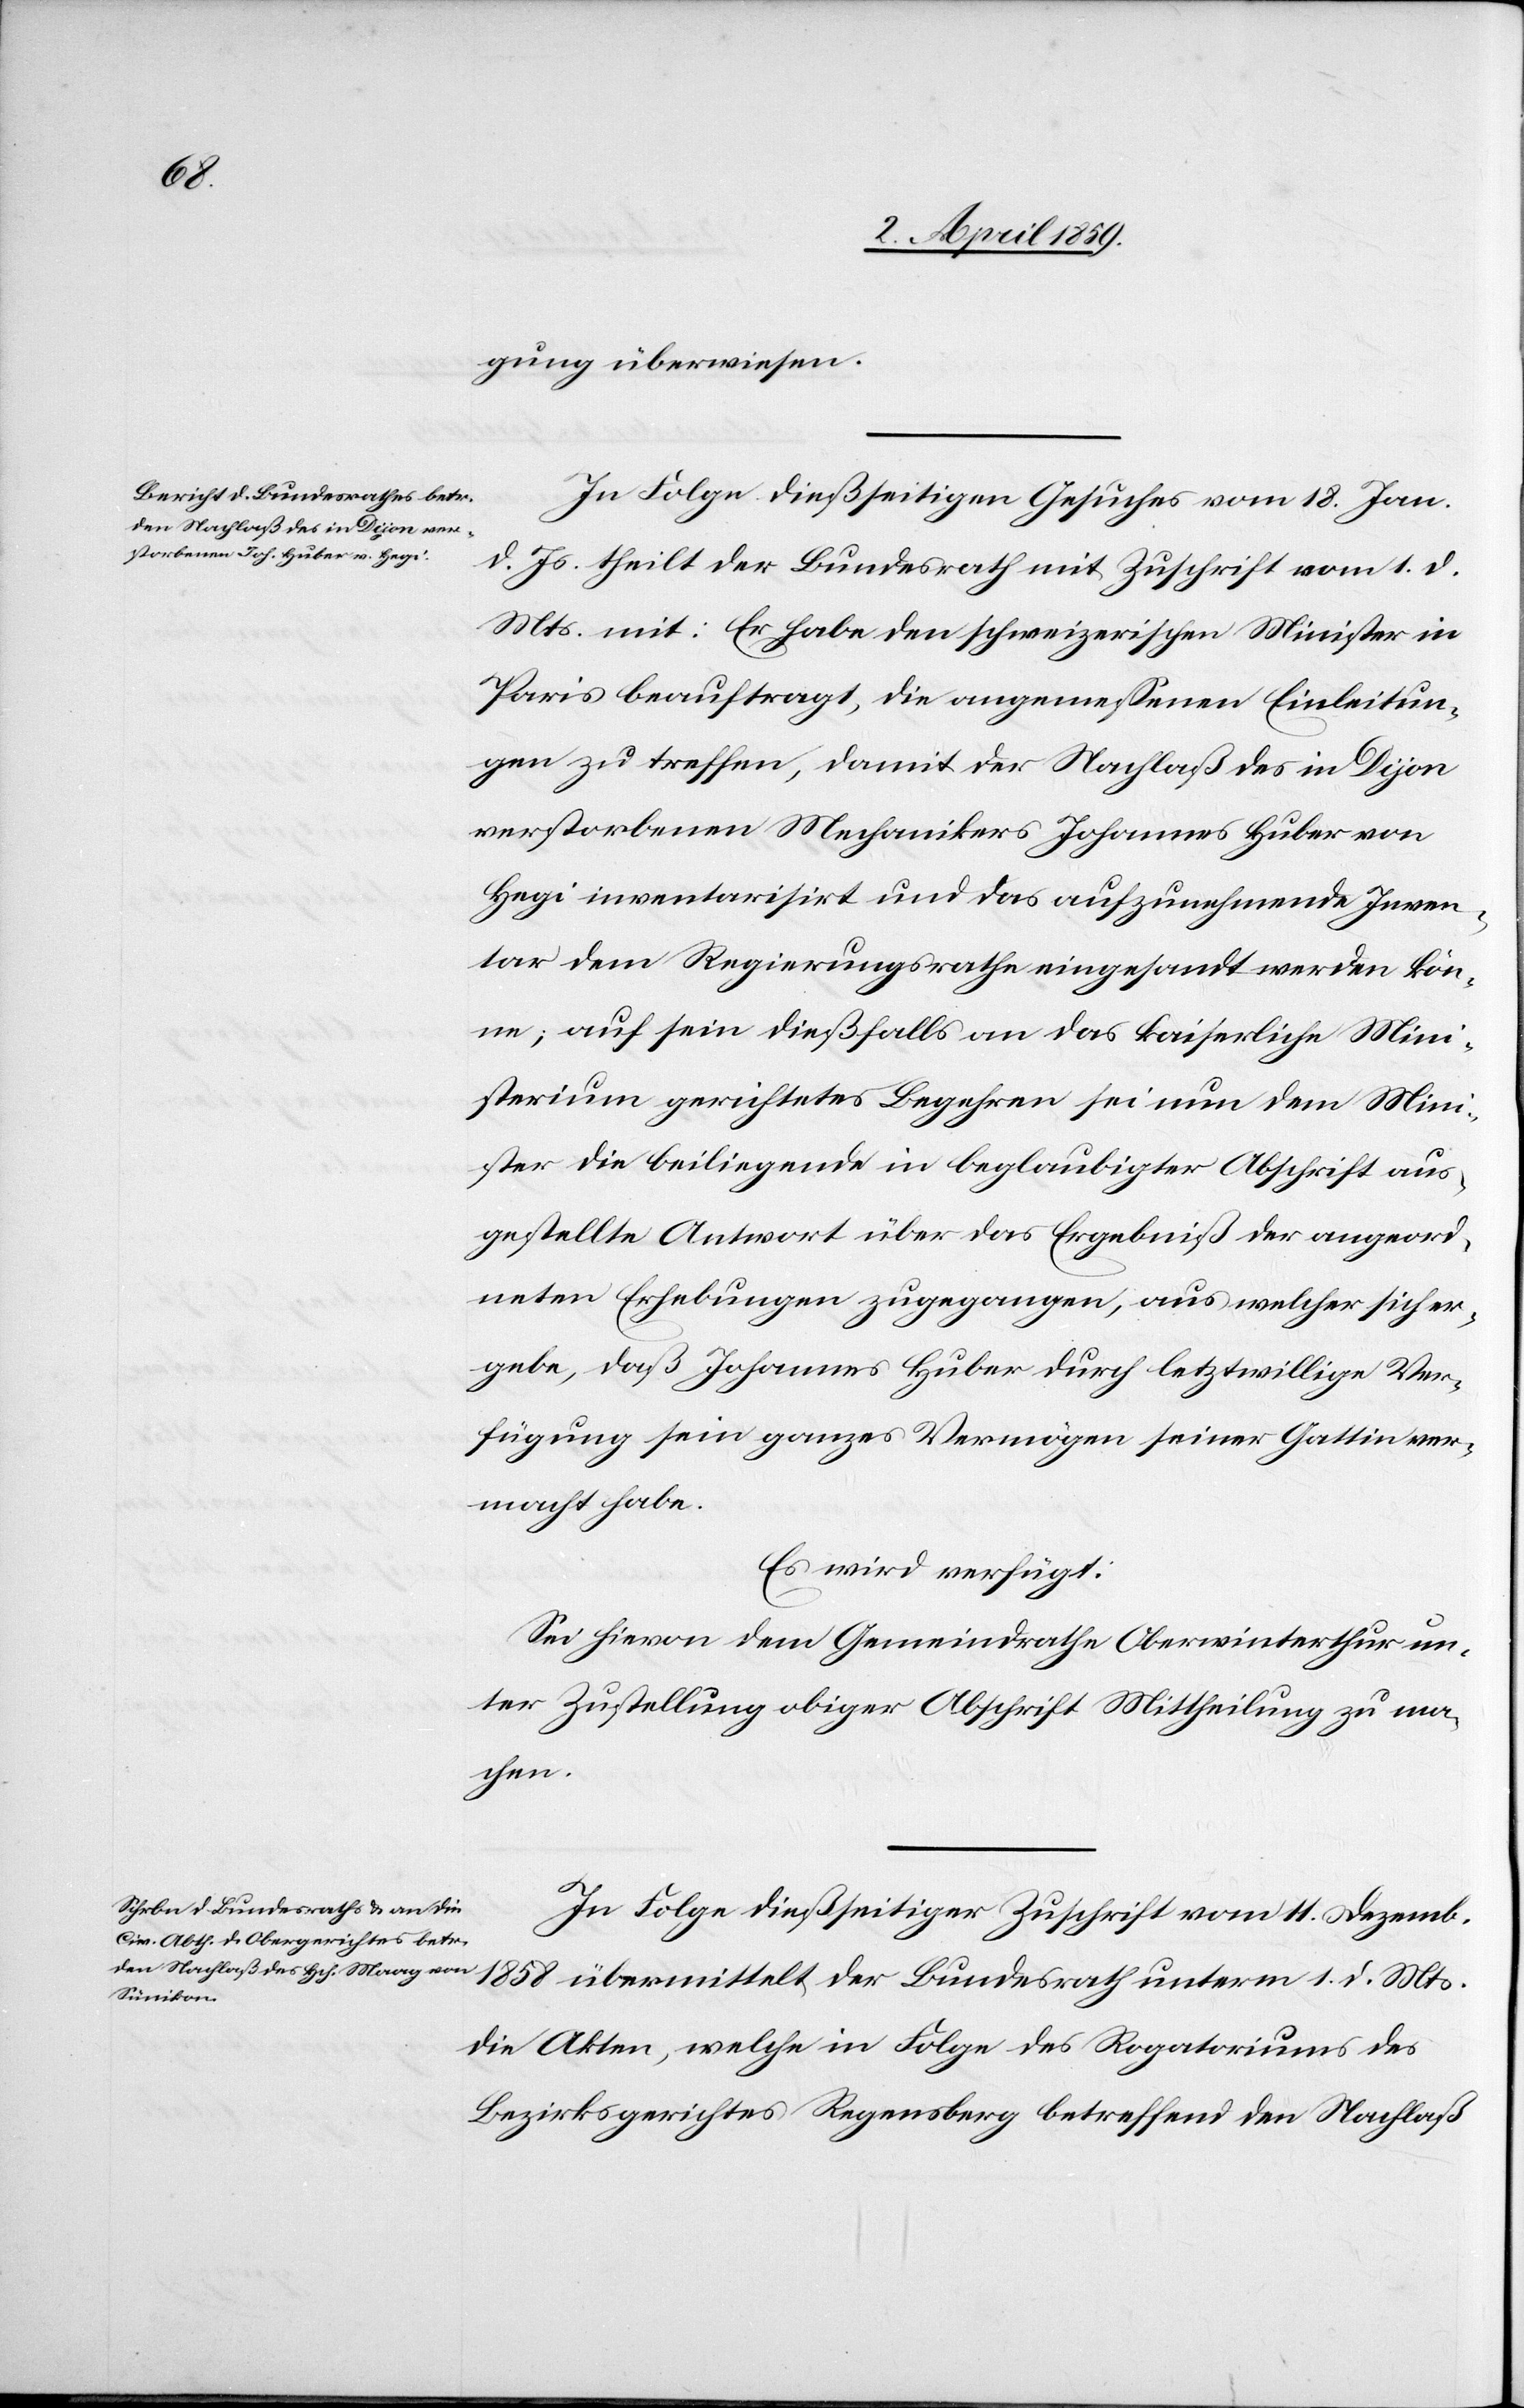
4. April 1859.]
gung überwiesen.
In Folge dießseitigen Gesuches vom 18. Jan.
d. Js. theilt der Bundesrath mit Zuschrift vom 1. d.
Mts. mit: Er habe den schweizerischen Minister in
Paris beauftragt, die angemeßenen Einleitun¬
gen zu treffen, damit der Nachlaß des in Dijon
verstorbenen Mechanikers Johannes Huber von
Hegi inventarisirt und das aufzunehmende Inven¬
tar dem Regierungsrathe eingesandt werden kön¬
ne; auf sein dießfalls an das kaiserliche Mini¬
sterium gerichtetes Begehren sei nun dem Mini¬
ster die beiliegende in beglaubigter Abschrift aus¬
gestellte Antwort über das Ergebniß der angeord¬
neten Erhebungen zugegangen, aus welcher sich er¬
gebe, daß Johannes Huber durch letztwillige Ver¬
fügung sein ganzes Vermögen seiner Gattin ver¬
macht habe.
Es wird verfügt:
Sei hievon dem Gemeindrathe Oberwinterthur un¬
ter Zustellung obiger Abschrift Mittheilung zu ma¬
chen.
In Folge dießseitiger Zuschrift vom 11. Dezemb.
1858 übermittelt der Bundesrath unterm 1. d. Mts.
die Akten, welche in Folge des Rogatoriums des
Bezirksgerichtes Regensberg betreffend den Nachlaß